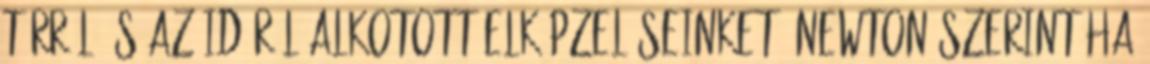
térről és az időről alkotott elképzeléseinket. Newton szerint ha